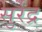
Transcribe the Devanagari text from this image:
सुर्रेंद्र